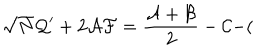
LaTeX: \sqrt { N } { \cal Q } ^ { \prime } + 2 { \cal A F } = \frac { { \cal A } + { \cal B } } { 2 } - { \cal C } - (